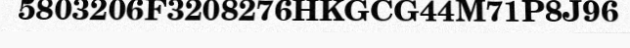
5803206F3208276HKGCG44M71P8J96